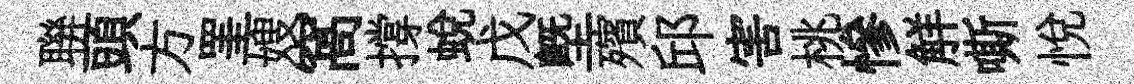
聨頭方罣嫂窩撐蜕戊塈殯邱害桃慘觧嘶悅